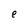
Character: e